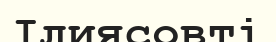
Ілиясовті